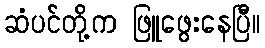
ဆံပင်တို့က ဖြူဖွေးနေပြီ။